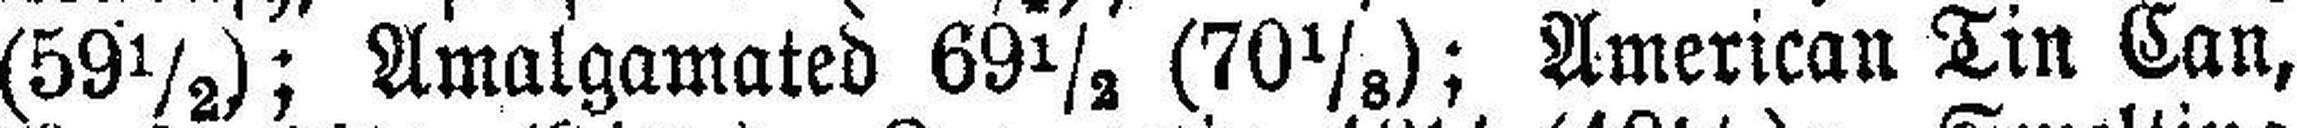
(59½); Amalgamated 69½ (70⅛); American Tin Can,